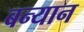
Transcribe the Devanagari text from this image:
बन्यान